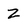
Character: Z